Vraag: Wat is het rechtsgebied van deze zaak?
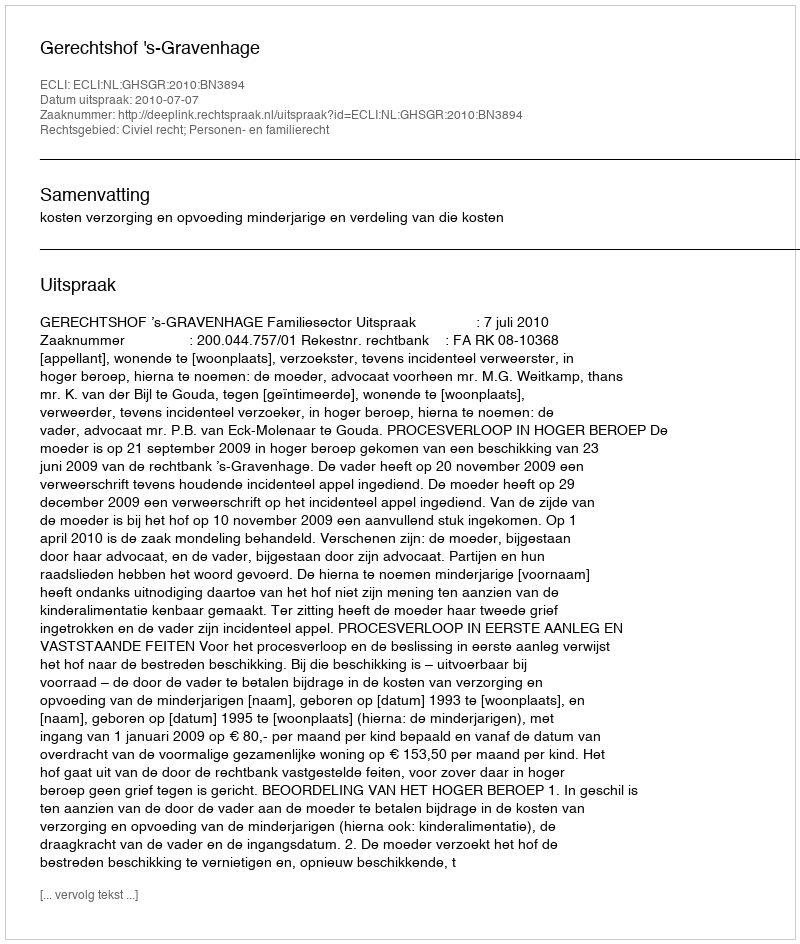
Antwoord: Civiel recht; Personen- en familierecht